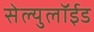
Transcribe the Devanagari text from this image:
सेल्युलॉईड